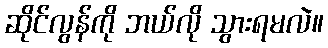
ဆိုင်လွန်ကို ဘယ်လို သွားရမလဲ။